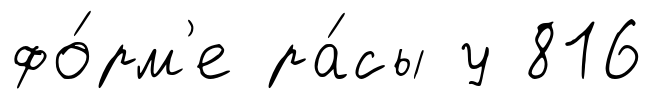
фо́рм'е ра́сы у 816